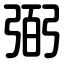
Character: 弼